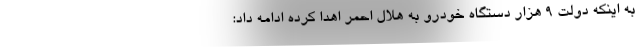
به اینکه دولت ۹ هزار دستگاه خودرو به هلال احمر اهدا کرده ادامه داد: